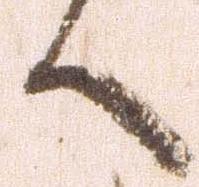
言